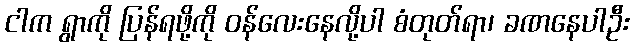
ငါက ရွာကို ပြန်ရဖို့ကို ဝန်လေးနေလို့ပါ စံတုတ်ရာ၊ ခဏနေပါဦး